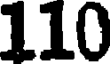
110